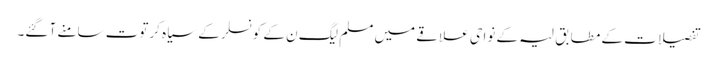
تفصیلات کے مطابق لیہ کے نواحی علاقے میں مسلم لیگ ن کے کونسلر کے سیاہ کرتوت سامنے آ گئے۔